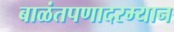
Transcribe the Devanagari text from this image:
बाळंतपणादरम्यान